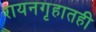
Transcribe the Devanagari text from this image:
शयनगृहातही